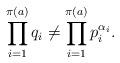
LaTeX: \begin{align*} \prod_{i = 1}^{\pi(a)} q_i \neq \prod_{i = 1}^{\pi(a)}p_i^{\alpha_i}. \end{align*}